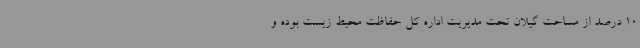
10 درصد از مساحت گیلان تحت مدیریت اداره کل حفاظت محیط زیست بوده و